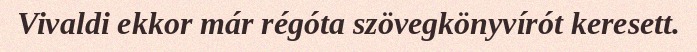
Vivaldi ekkor már régóta szövegkönyvírót keresett.